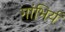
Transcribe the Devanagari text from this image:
गांभिर्य